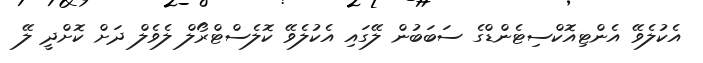
އެކުލެވޭ އެންޓިއޮކްސިޓެންޑްގެ ސަބަބުން ލޭގައި އެކުލެވޭ ކޮލެސްޓްރޯލް ލެވެލް ދަށް ކޮށްދީ ލޭ